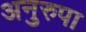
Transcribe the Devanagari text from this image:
अनुरुपा